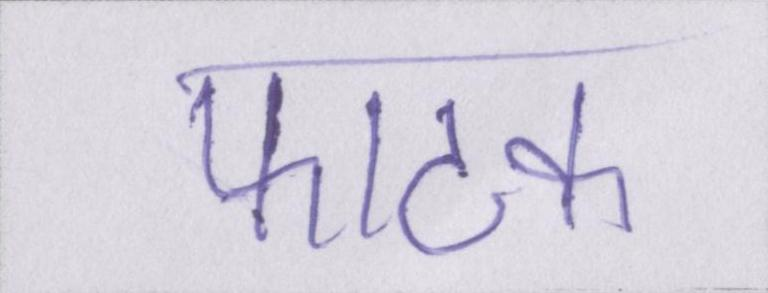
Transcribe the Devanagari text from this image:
फाटक